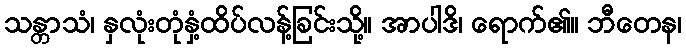
သန္တာသံ၊ နှလုံးတုံနှံ့ထိပ်လန့်ခြင်းသို့။ အာပါဒိ၊ ရောက်၏။ ဘီတေန၊